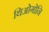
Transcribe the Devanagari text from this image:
थिओगोनि